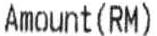
AMOUNT(RM)